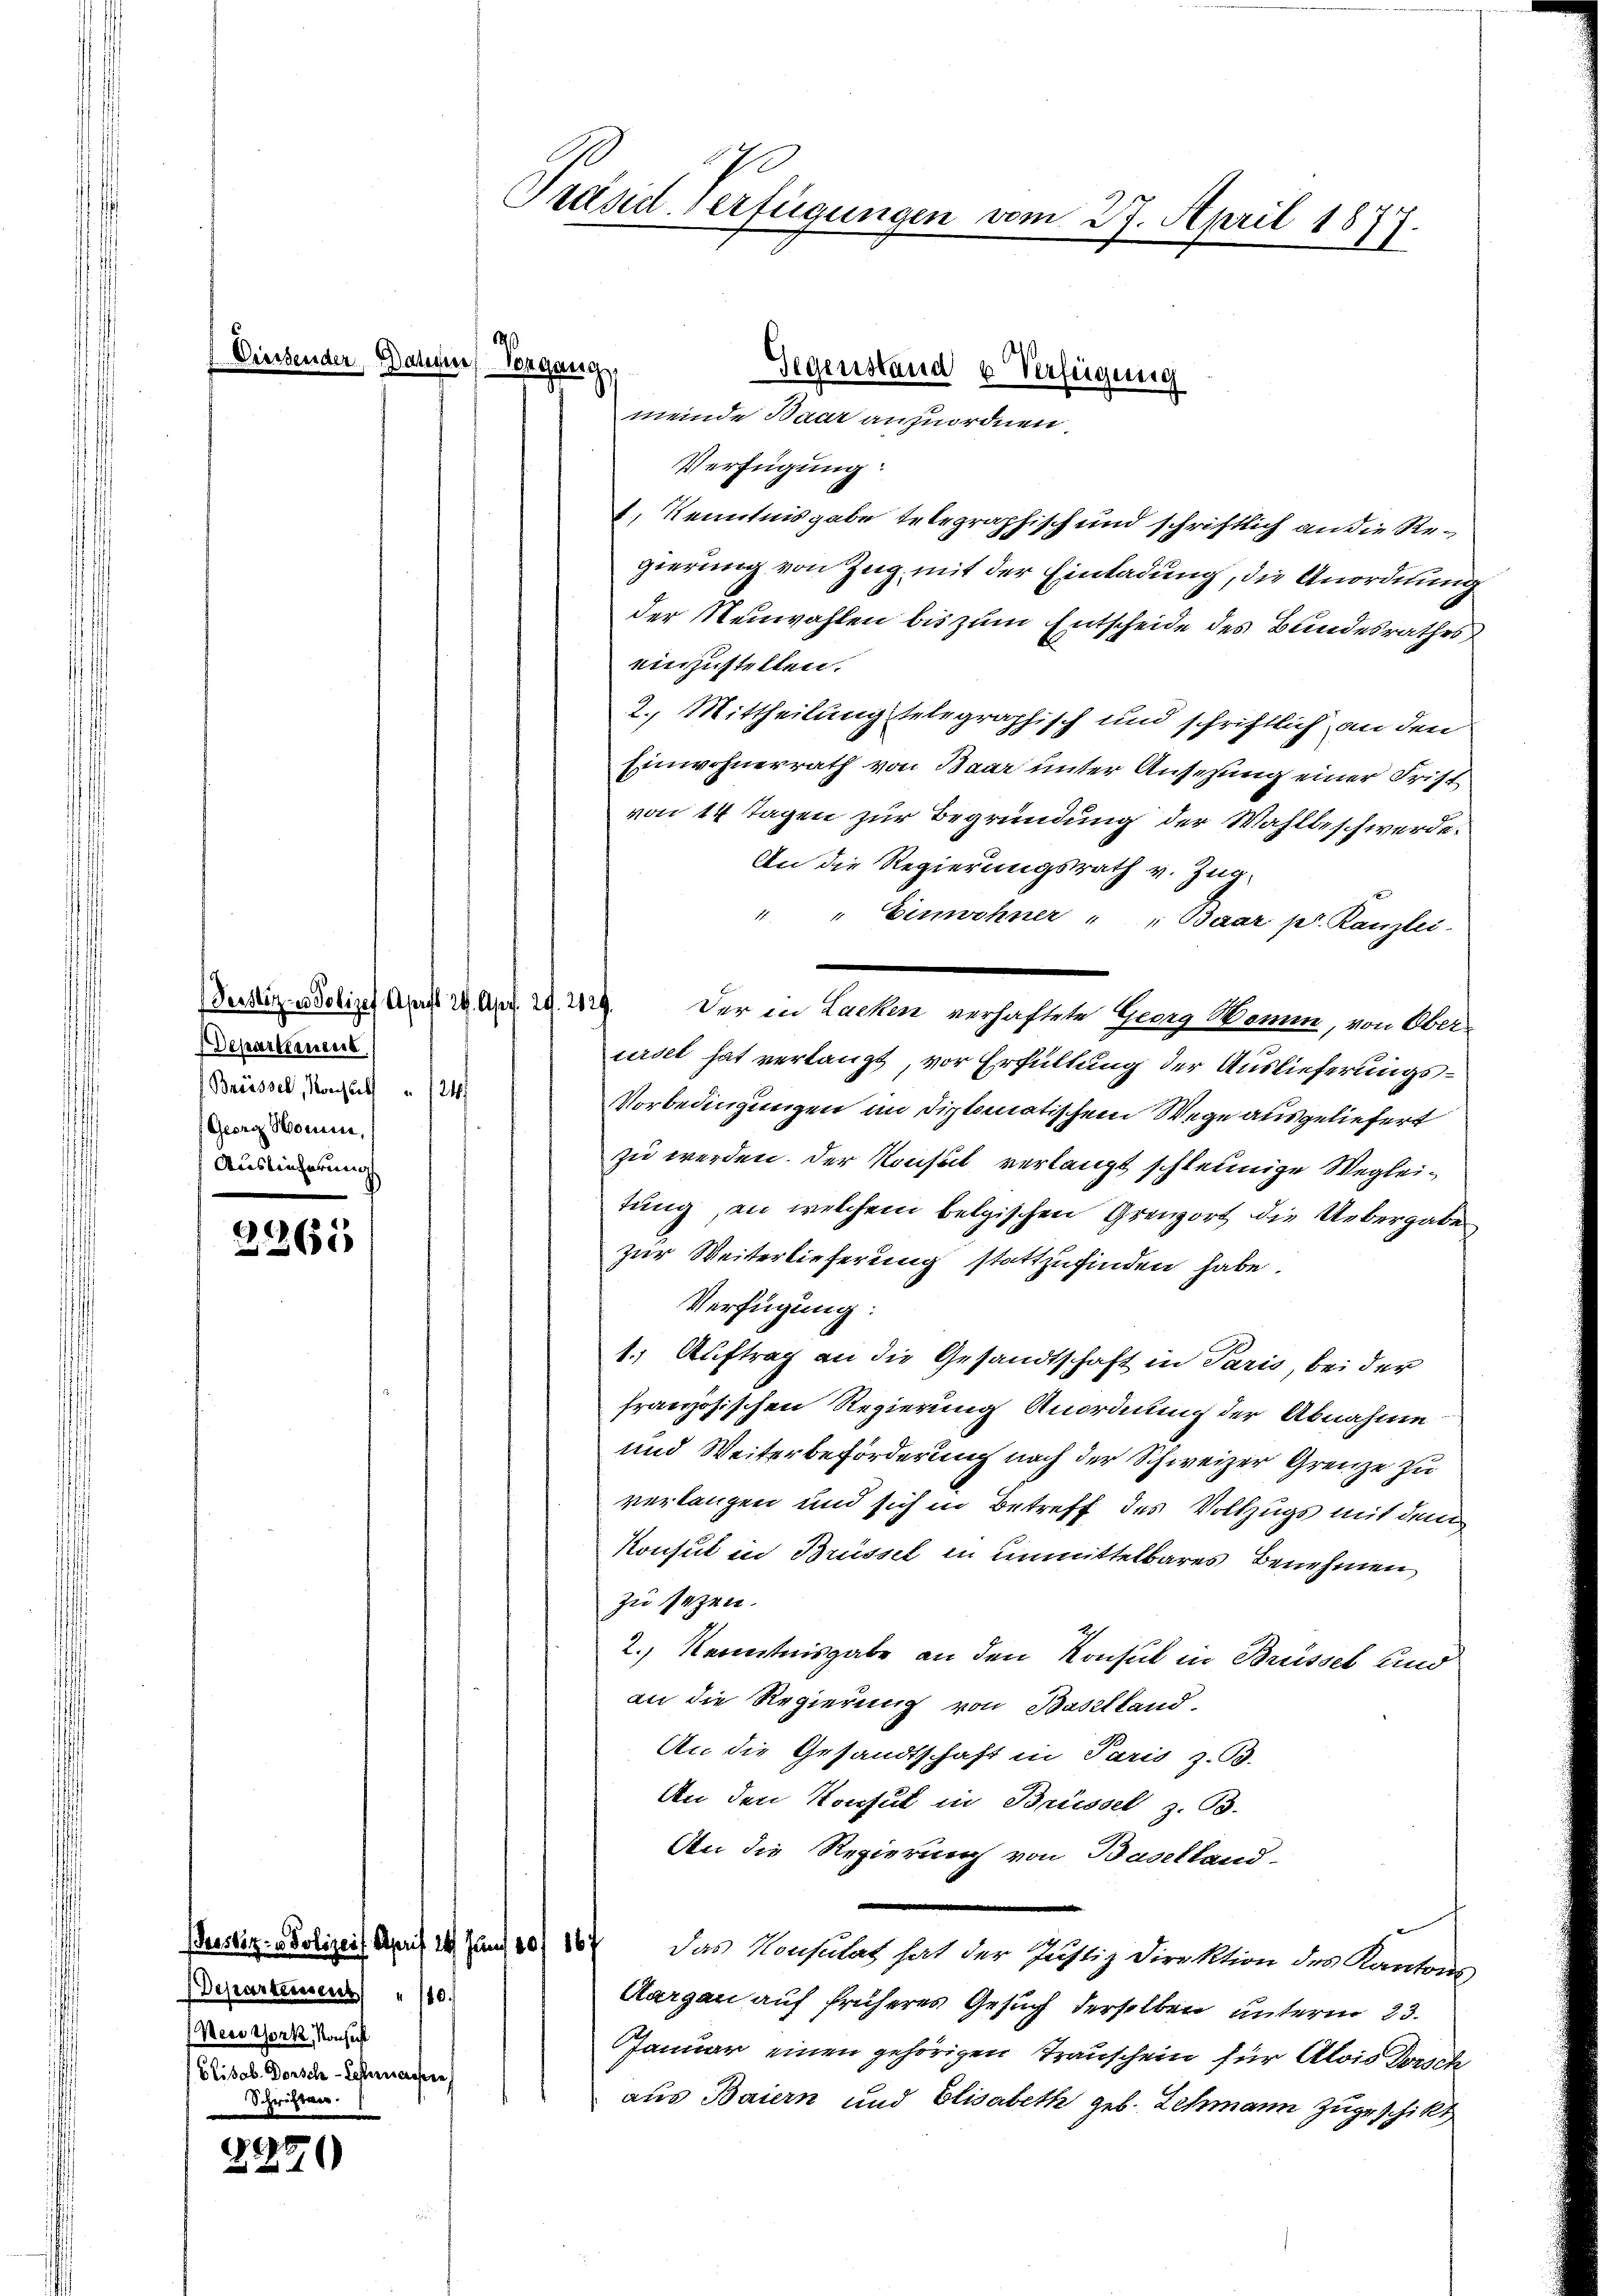
Persitz in Polizet April 29. Apr. 20. 2129.
Departement
Brüssel, Konsul " 124
Georg Somme,
Auslieferung

2265

.
2270

Diesender Datene Vergang

Verfügung:
4. Kenntnisgabe telegraphisch und schriftlich an die Regierung von Zug, mit der Einladung, die Anordnung
der Neuwahlen bis zum Entscheide des Bundesrathes
einzustellen.
2. Mittheilung telegraphisch und schriftlich an den
Einwohnerrath von Baar unter Ansehung einer Frist
von 14 Tagen zur Begründung der Wahlbeschwerde.
An die Regierungsrath v. Zug,
" " Einwohner " " Baar pr. Kanzlei-
Der in Lacken verhaftete Georg Womin, von Oberurel hat verlangt, vor Erfüllung der Auslieferungs¬
Vorbedingungen im diplomatischem Wege ausgeliefert
zu werden. Der Konsul verlangt schleunige Wegleitung, in welchem belgischen Grenzort die Uebergabe
zur Weiterlieferung stattzufinden habe.
Verfügung:
1.) Auftrag an die Gesandtschaft in Paris, bei der
französischen Regierung Anordnung der Abnahme
und Weiterbeförderung nach der Schweizer Grenze zu
verlangen und sich in Betreff des Vollzugs mit dem
Konsul in Brüssel in unmittelbares Benehmen
zu setzen.
2.) Kenntnisgabe an den Konsul in Brüssel und
an die Regierung von Baselland-
An die Gesandtschaft in Paris z. B.
An den Konsul in Brüssel z. B.
An die Regierung von Baselland-
Beister- Polizeit April 14. Juni 187 167 das Konsulat hat der Justiz Direktion des Kantons
Aargau auf früheres Gesuch derselben unterm 23.
Januar einen gehörigen Trauschein für Alois Dorsch
aus Baiern und Elisabeth geb. Schmann zugeschikt

Departiessens 10.
Mees Tonk, Nahest
Blisab. Dorsche Kostenwesen
Schriften.

0
Präsid-Verfügungen vom 27. April 1877.
e

Gegenstand u Verfügung
meinde Baar anzuordnen.